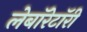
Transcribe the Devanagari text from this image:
लेबाॅरेटाॅरी